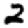
Digit: 2